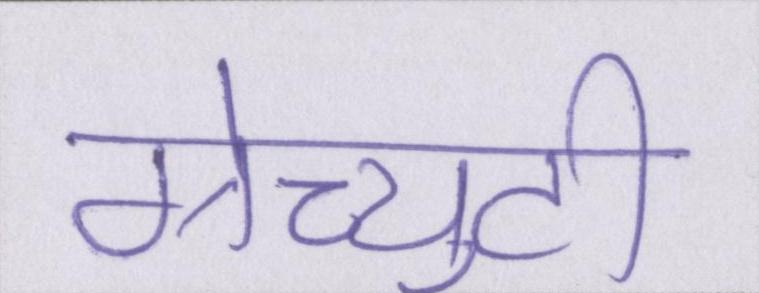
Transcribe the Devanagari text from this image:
ग्रेच्युटी